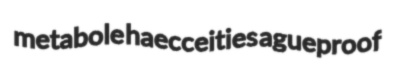
metabole haecceities agueproof